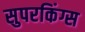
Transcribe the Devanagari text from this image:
सुपरकिंग्स